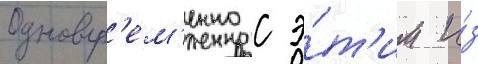
Одновр'ем'енно с э́т'им и́з